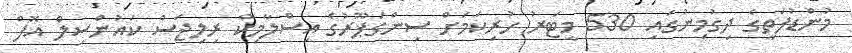
މުންޑުފަތީގެ ދިގުމިނުގައި 530 މީޓަރު ހުރިކަމަށް ސިންގަޕޫރުގެ އިސްލާމިކް ރިލިޖަސް ކައުންސިލް އޮފް